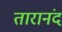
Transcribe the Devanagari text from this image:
तारानंद